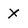
Character: X